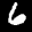
Label: 6